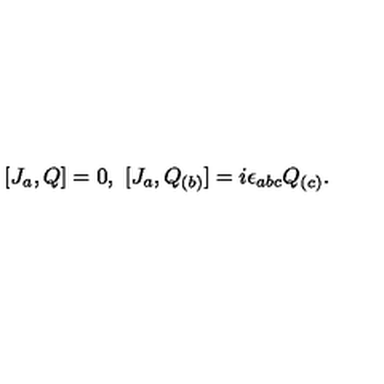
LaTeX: [ J _ { a } , Q ] = 0 , \ [ J _ { a } , Q _ { ( b ) } ] = i \epsilon _ { a b c } Q _ { ( c ) } .